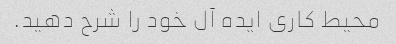
محیط کاری ایده آل خود را شرح دهید.